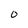
Character: 0